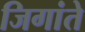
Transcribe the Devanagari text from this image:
जिगांते